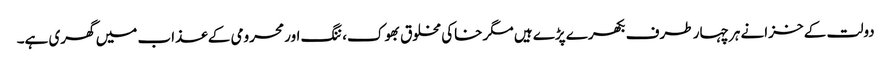
دولت کے خزانے ہر چہار طرف بکھرے پڑے ہیں مگر خاکی مخلوق بھوک، ننگ اور محرومی کے عذاب میں گھری ہے۔